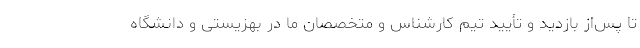
تا پس‌از بازدید و تأیید تیم کارشناس و متخصصان ما در بهزیستی و دانشگاه